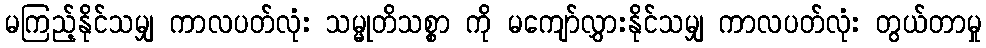
မကြည့်နိုင်သမျှ ကာလပတ်လုံး သမ္မုတိသစ္စာ ကို မကျော်လွှားနိုင်သမျှ ကာလပတ်လုံး တွယ်တာမှု